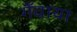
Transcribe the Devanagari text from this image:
गँवाया